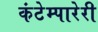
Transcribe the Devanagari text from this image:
कंटेम्पारेरी